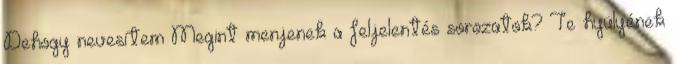
Dehogy nevesítem Megint menjenek a feljelentés sorozatok? Te hyülyének